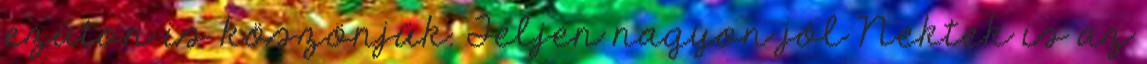
ezúton is köszönjük. Teljen nagyon jól Nektek is az